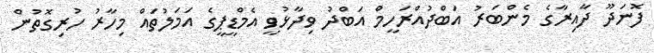
ފޮނަދޫ ދާއިރާގެ މެންބަރު އަބްދުއްރަހީމް އަބްދު ވިދާޅުވީ އެމްޑީޕީގެ އަމަލުތައް މިހާރު ހުރިގޮތުން